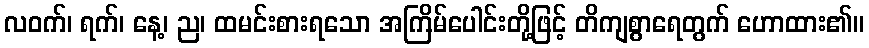
လဝက်၊ ရက်၊ နေ့၊ ည၊ ထမင်းစားရသော အကြိမ်ပေါင်းတို့ဖြင့် တိကျစွာရေတွက် ဟောထား၏။